Scottish Certificate of Education, 1963
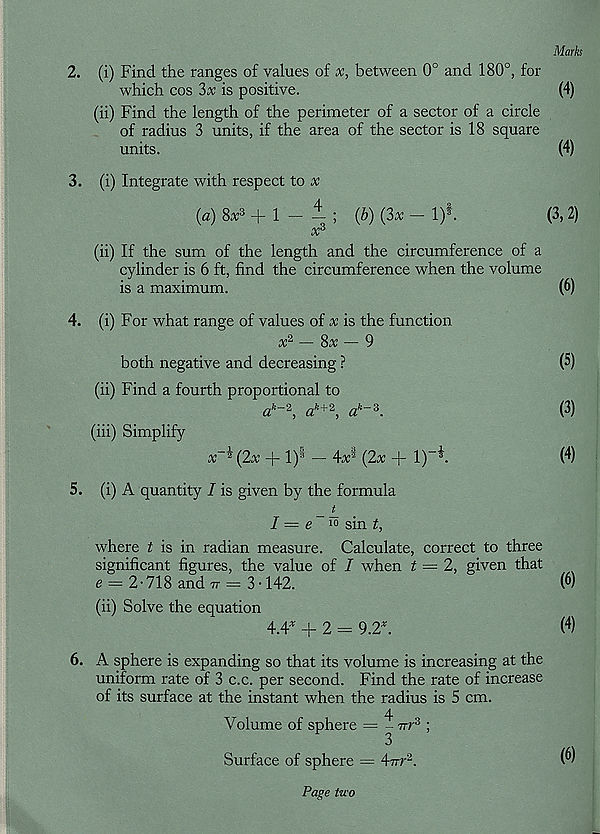
Marks
2. (i) Find the ranges of values of x, between 0° and 180°, for
which cos 3x is positive.
(4)
(ii) Find the length of the perimeter of a sector of a circle
of radius 3 units, if the area of the sector is 18 square
units.
(4)
3. (i) Integrate with respect to v
(a) 8* 3 + 1 — — ; (b) (3x - l) 1 .
(3, 2)
a: 3
(ii) If the sum of the length and the circumference of a
cylinder is 6 ft, find the circumference when the volume
is a maximum.
(6)
4. (i) For what range of values of x is the function
x* — 8x — 9
both negative and decreasing ?
(5)
(ii) Find a fourth proportional to
a k~2 , a h+2 , a k~3 .
(3)
(iii) Simplify
x-t (2x + l) s - 4x* (2x + 1)“ 4 .
(4)
5. (i) A quantity I is given by the formula
_ £
I = e io sin £
where t is in radian measure. Calculate, correct to three
significant figures, the value of I when f = 2, given that
e = 2-718 and 7r = 3-142.
( 6 )
(ii) Solve the equation
4.4* + 2 = 9.2*.
( 4 )
6. A sphere is expanding so that its volume is increasing at the
uniform rate of 3 c.c. per second. Find the rate of increase
of its surface at the instant when the radius is 5 cm.
Volume of sphere = - irr 3 ;
3
Surface of sphere = 47rr 2 .
Page two
(6)